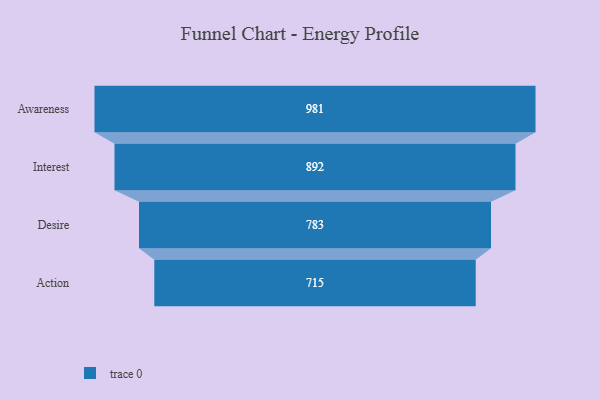
{"axis": {"x": "Stage", "y": "Value"}, "legend": [""], "data": [{"x": "Awareness", "y": 981.0, "type": ""}, {"x": "Interest", "y": 892.0, "type": ""}, {"x": "Desire", "y": 783.0, "type": ""}, {"x": "Action", "y": 715.0, "type": ""}]}